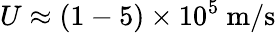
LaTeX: U\approx(1-5)\times 10^{5}~\mathrm{m/s}